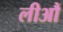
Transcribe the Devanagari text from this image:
लीआैं